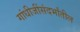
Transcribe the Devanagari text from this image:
गांधीजींसंदर्भांतील